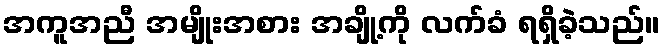
အကူအညီ အမျိုးအစား အချို့ကို လက်ခံ ရရှိခဲ့သည်။